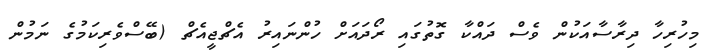
މިހުރިހާ ދިރާސާއަކުން ވެސް ދައްކާ ގޮތުގައި ރޯދައަށް ހުންނައިރު އެޗްޖީއެޗް (ބޭސްވެރިކަމުގެ ނަމުން